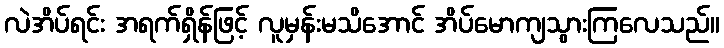
လဲအိပ်ရင်း အရက်ရှိန်ဖြင့် လူမှန်းမသိအောင် အိပ်မောကျသွားကြလေသည်။